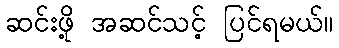
ဆင်းဖို့ အဆင်သင့် ပြင်ရမယ်။